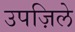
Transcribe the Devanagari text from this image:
उपज़िले